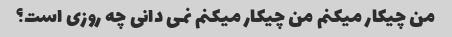
من چیکار میکنم من چیکار میکنم نمی دانی چه روزی است؟